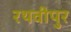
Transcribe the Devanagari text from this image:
रथवीपुर